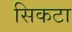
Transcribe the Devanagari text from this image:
सिकटा